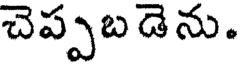
చెప్పబ డెను.